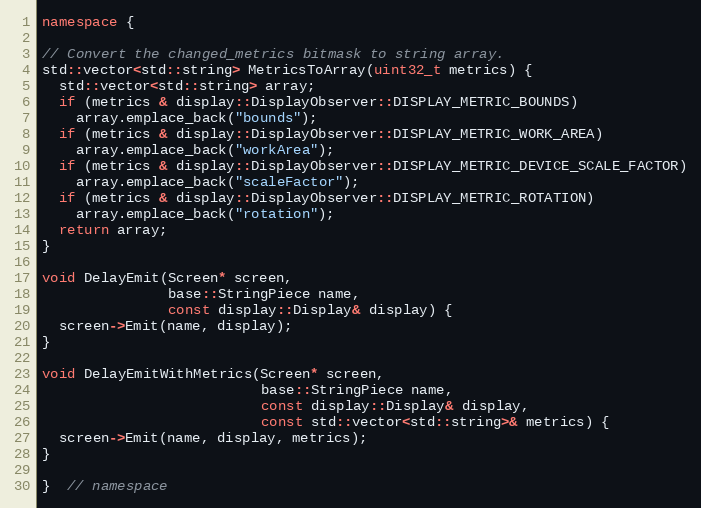
Language: C++
namespace {

// Convert the changed_metrics bitmask to string array.
std::vector<std::string> MetricsToArray(uint32_t metrics) {
  std::vector<std::string> array;
  if (metrics & display::DisplayObserver::DISPLAY_METRIC_BOUNDS)
    array.emplace_back("bounds");
  if (metrics & display::DisplayObserver::DISPLAY_METRIC_WORK_AREA)
    array.emplace_back("workArea");
  if (metrics & display::DisplayObserver::DISPLAY_METRIC_DEVICE_SCALE_FACTOR)
    array.emplace_back("scaleFactor");
  if (metrics & display::DisplayObserver::DISPLAY_METRIC_ROTATION)
    array.emplace_back("rotation");
  return array;
}

void DelayEmit(Screen* screen,
               base::StringPiece name,
               const display::Display& display) {
  screen->Emit(name, display);
}

void DelayEmitWithMetrics(Screen* screen,
                          base::StringPiece name,
                          const display::Display& display,
                          const std::vector<std::string>& metrics) {
  screen->Emit(name, display, metrics);
}

}  // namespace